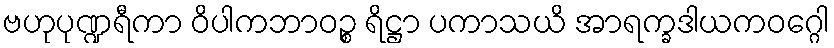
ဗဟုပုဏ္ဍရီကာ ဝိပါကဘာဝဉ္စ ရိဋ္ဌာ ပကာသယိ အာရက္ခဒါယကဝဂ္ဂေါ